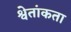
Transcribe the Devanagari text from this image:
श्वेतांकता